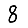
Digit: 8